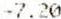
-7.20